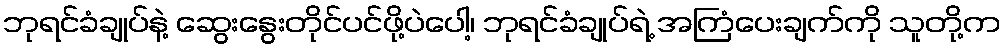
ဘုရင်ခံချုပ်နဲ့ ဆွေးနွေးတိုင်ပင်ဖို့ပဲပေါ့၊ ဘုရင်ခံချုပ်ရဲ့ အကြံပေးချက်ကို သူတို့က